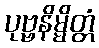
ပုဗ္ဗနိမ္မိတ္တံ